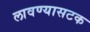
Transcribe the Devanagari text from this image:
लावण्यासटक